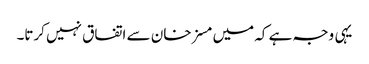
یہی وجہ ہے کہ میں مسز خان سے اتفاق نہیں کرتا۔